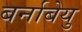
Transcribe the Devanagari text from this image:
बर्नाबेयु